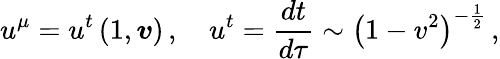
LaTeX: u^{\mu}=u^{t}\left(1,\boldsymbol{v}\right)\, ,\quad u^{t}=\frac{dt}{d\tau}\sim\left(1-v^{2}\right)^{-\frac{1}{2}}\, ,